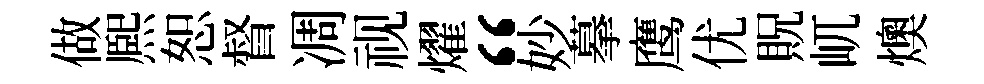
做熈恕督凋视燿“妙摹鹰优貺屼燠